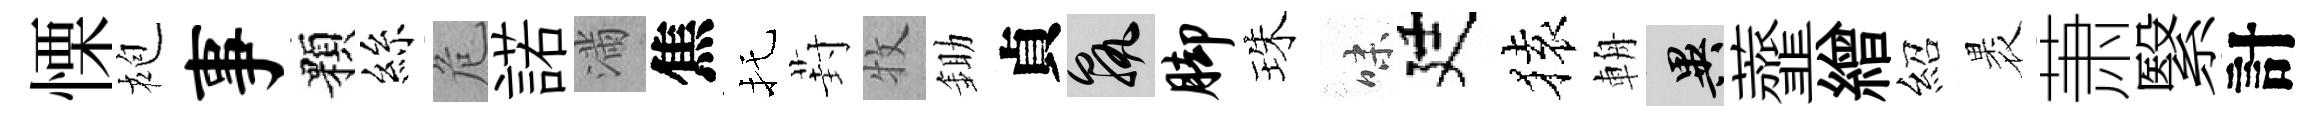
慄袍事顆絲危諾滿焦托葑牧鋤貞孰脚珠味廷𫞤輈异虀繒紹褁萧繄計